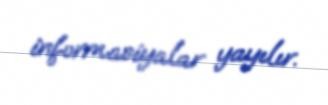
informasiyalar yayılır.